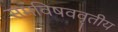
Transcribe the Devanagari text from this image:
समविषववृतीय